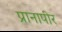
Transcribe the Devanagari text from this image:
प्रानापीर